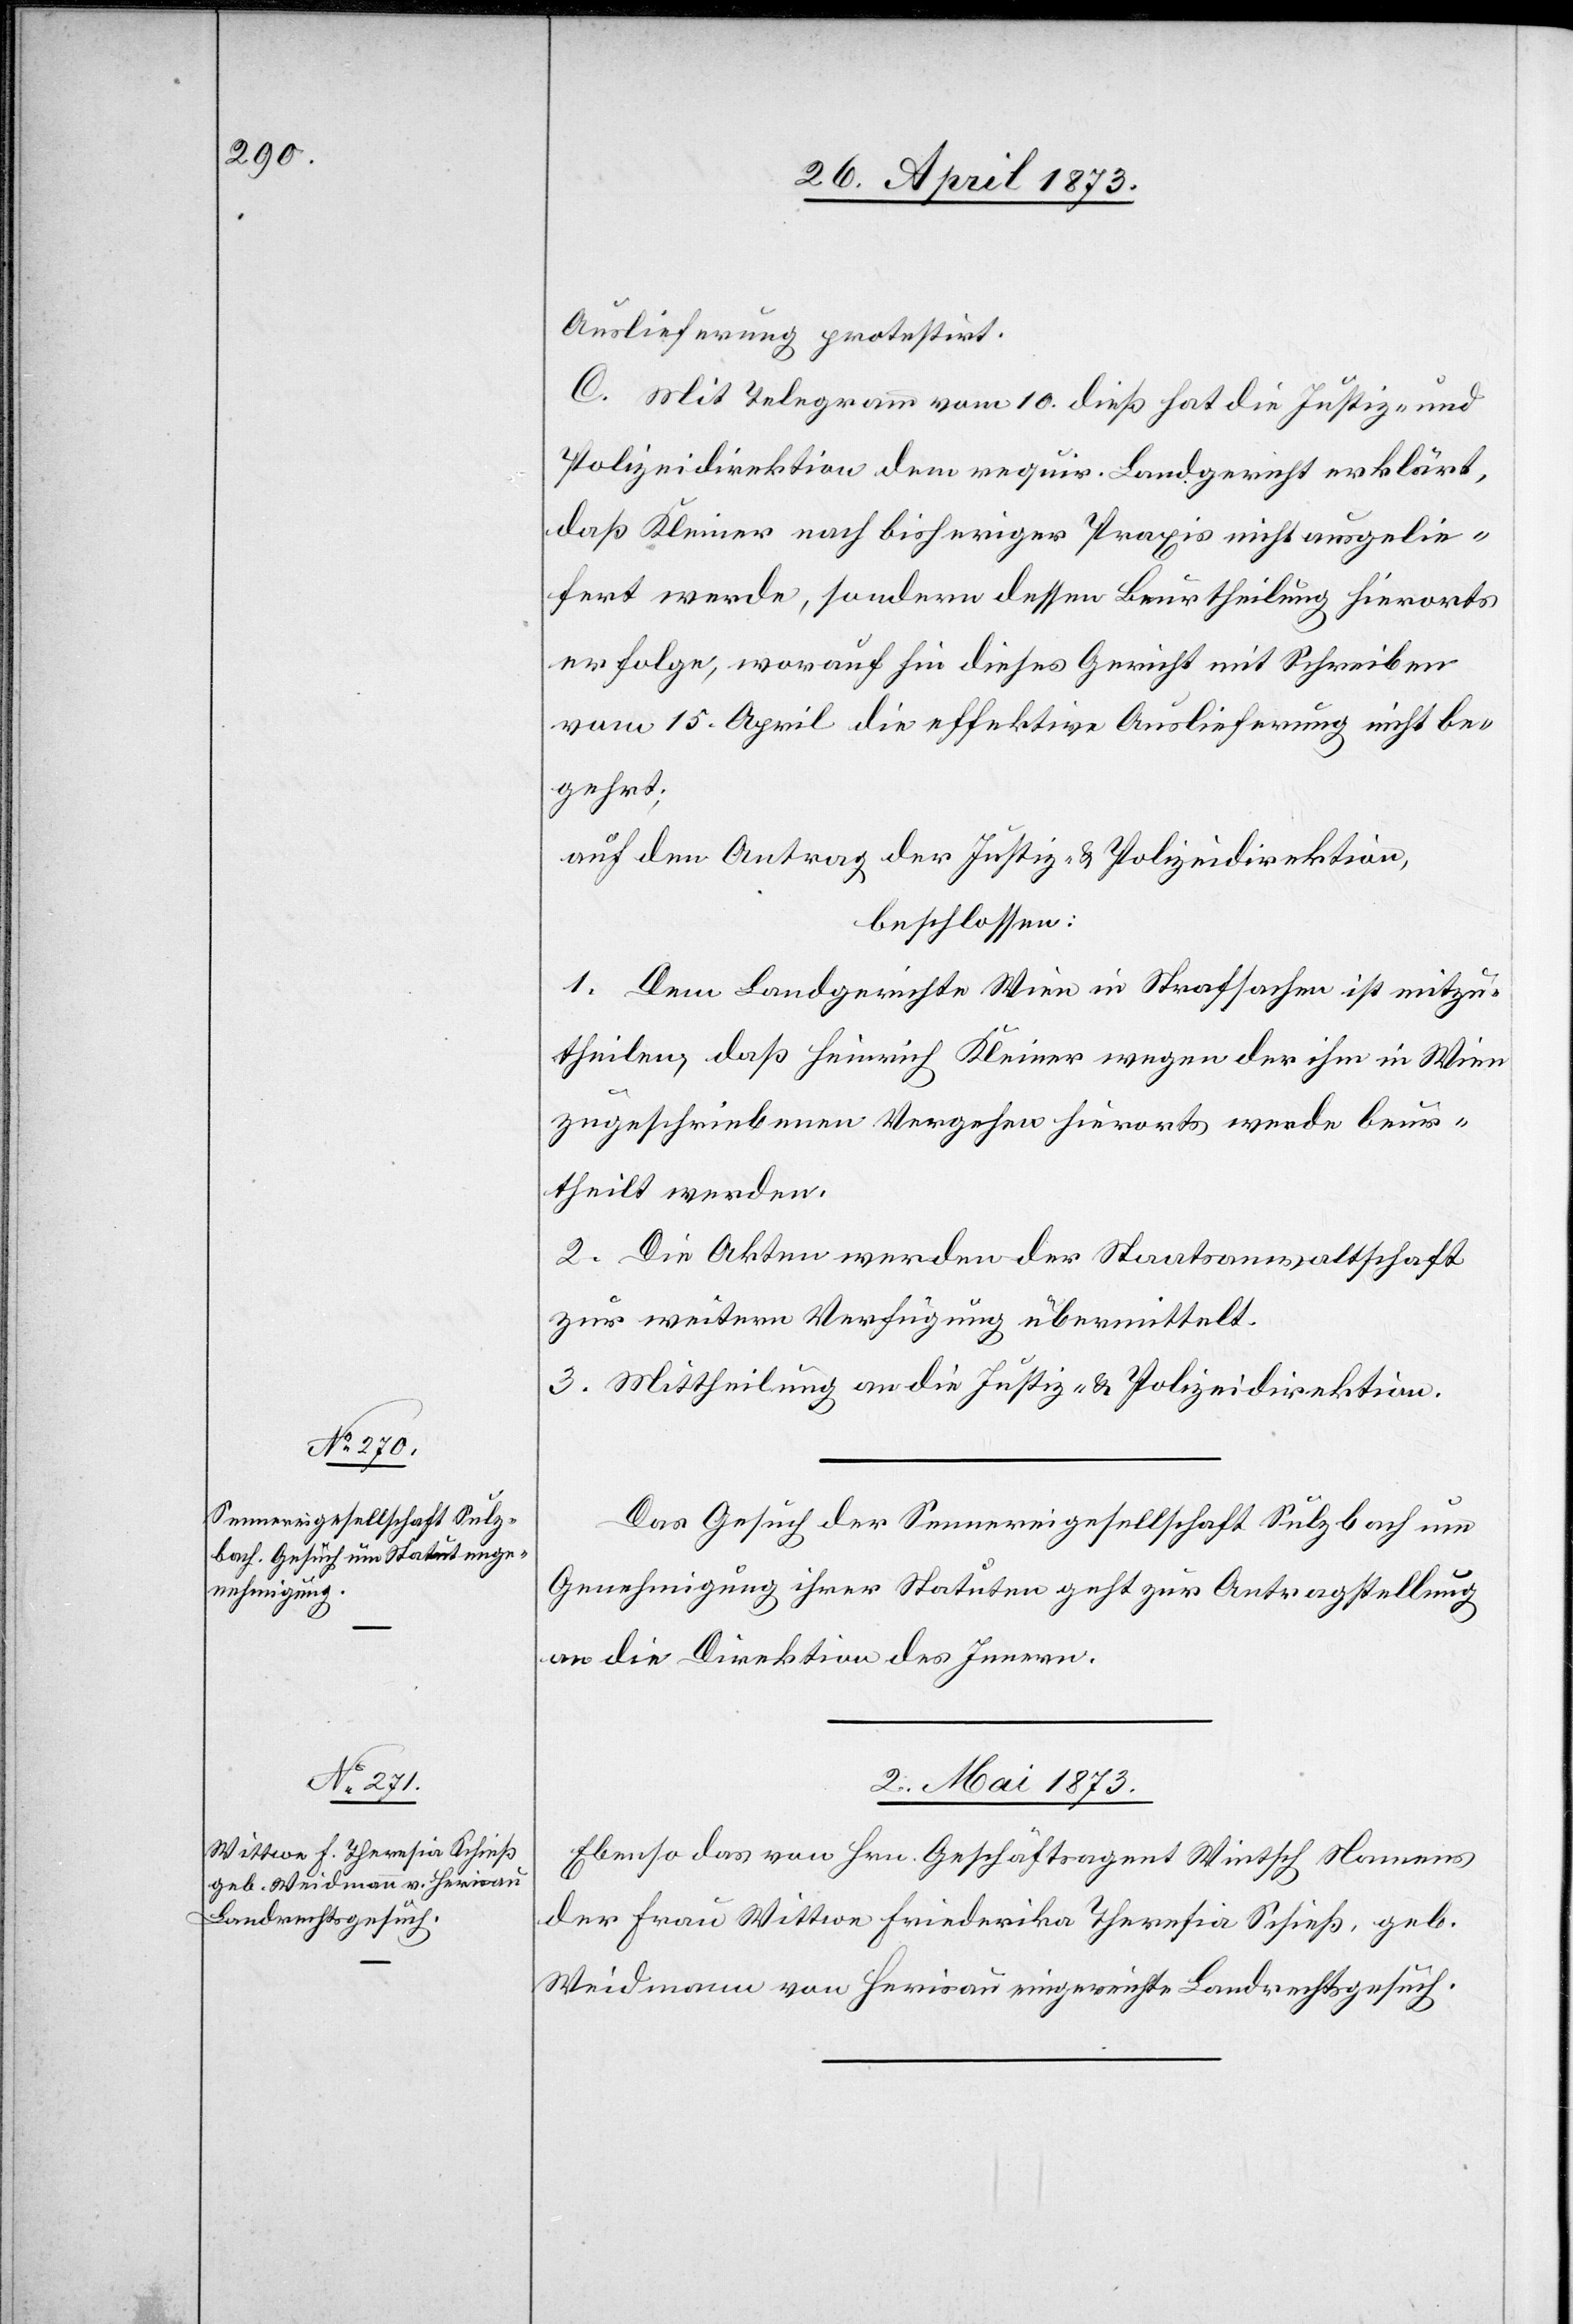
Auslieferung protestirt.
C. Mit Telegramm vom 10. dieß hat die Justiz- und
Polizeidirektion dem requir. Landgericht erklärt,
daß Kleiner [sic!] nach bisheriger Praxis nicht ausgelie¬
fert werde, sondern dessen Beurtheilung hierorts
erfolge, worauf hin dieses Gericht mit Schreiben
vom 15. April die effektive Auslieferung nicht be¬
gehrt;
auf den Antrag der Justiz- & Polizeidirektion,
beschlossen:
1. Dem Landgerichte Wien in Strafsachen ist mitzu¬
theilen, daß Heinrich Kleiner [sic!] wegen der ihm in Wien
zugeschriebenen Vergehen hierorts werde beur¬
theilt werden.
2. Die Akten werden der Staatsanwaltschaft
zur weitern Verfügung übermittelt.
3. Mittheilung an die Justiz- & Polizeidirektion.
Das Gesuch der Sennereigesellschaft Sulzbach um
Genehmigung ihrer Statuten geht zur Antragstellung
an die Direktion des Innern.
2. Mai 1873
Ebenso das von Hrn. Geschäftsagent Wintsch Namens
der Frau Wittwe Friederika Theresia Schieß, geb.
Weidmann von Herisau eingereichte Landrechtsgesuch.